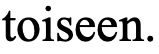
toiseen.